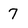
Character: 7